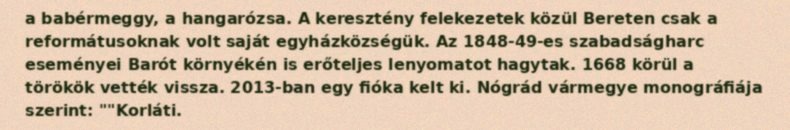
a babérmeggy, a hangarózsa. A keresztény felekezetek közül Bereten csak a reformátusoknak volt saját egyházközségük. Az 1848-49-es szabadságharc eseményei Barót környékén is erőteljes lenyomatot hagytak. 1668 körül a törökök vették vissza. 2013-ban egy fióka kelt ki. Nógrád vármegye monográfiája szerint: ""Korláti.